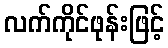
လက်ကိုင်ဖုန်းဖြင့်